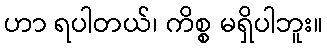
ဟာ ရပါတယ်၊ ကိစ္စ မရှိပါဘူး။